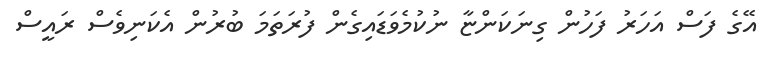
އޭގެ ފަސް އަހަރު ފަހުން ގިނަކަންޏާ ނުކުމެވަޑައިގެން ފުރަތަމަ ބުރުން އެކަނިވެސް ރައީސް